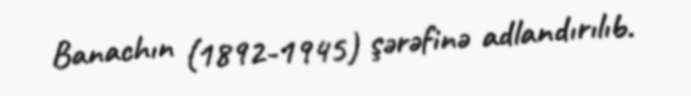
Banachın (1892-1945) şərəfinə adlandırılıb.